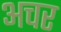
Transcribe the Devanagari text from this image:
अचर